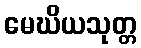
မေဃိယသုတ္တ